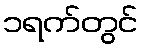
၁ရက်တွင်